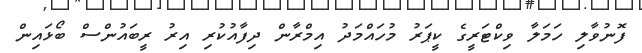
ފޮނުވާލި ހަމަލާ ވިކްޓަރީގެ ކީޕަރު މުހައްމަދު އިމްރާން ދިފާއުކުރި އިރު ރީބައުންސް ބޯޅައިން